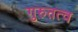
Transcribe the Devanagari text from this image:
गुरुतत्व